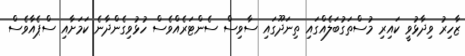
ޒާހިރު ވިދާޅުވީ ކައިރި މުސްތަގުބަލެއްގައި ތިނަދޫގައި ސާވިސް ސެންޓަރެއްވެސް ހުޅުވިގެންދާނެ ކަމަށާއި ސްޕެއާވެސް